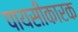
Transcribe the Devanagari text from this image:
पायसीकारक